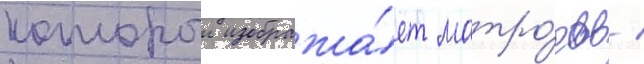
которыи изобража́ет матро́сов /